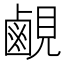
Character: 𬸳